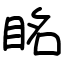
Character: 眳